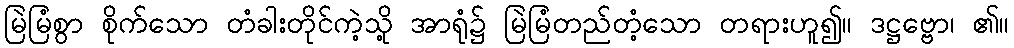
မြဲမြံစွာ စိုက်သော တံခါးတိုင်ကဲ့သို့ အာရုံ၌ မြဲမြံတည်တံ့သော တရားဟူ၍။ ဒဋ္ဌဗ္ဗော၊ ၏။